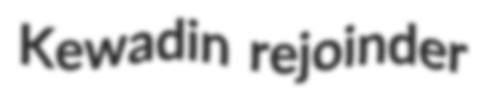
Kewadin rejoinder